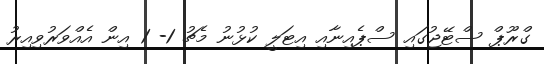
ގްރޫޕް ސްޓޭޖުގައި ސްޕެއިނާއި އިޓަލީ ކުޅުނު މެޗު 1- 1 އިން އެއްވަރުވިއިރު